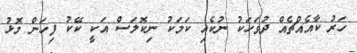
ހަރު ކާއެއްޗެއް ދުވަހަކު ނުކެއި ކަމަކު ނިކޮލަސް އަކީ ކޭކު ފިހަން މޮޅު